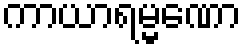
ကာယာရမ္မဏော